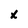
Character: x